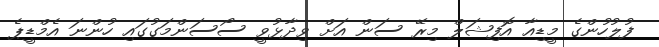
ފުލުހުންގެ މީޑިއާ އޮފިޝަލް މިރޭ ސަން އަށް ވިދާޅުވީ ސޯސަންމަގުގައި ހުންނަ އެމްޑީޕެ